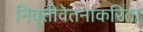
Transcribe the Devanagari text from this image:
निवृत्तीवेतनाकरिता